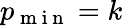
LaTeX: p_{\mathrm{~m~i~n~}}=k